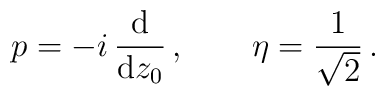
p =-i\,\frac{\rm d}{{\rm d} z_0}\,,\qquad \eta=\frac{1}{\sqrt{2}}\,.